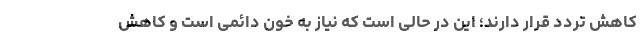
کاهش تردد قرار دارند؛ این در حالی است که نیاز به خون دائمی است و کاهش